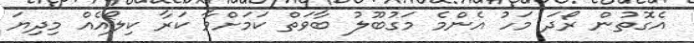
އެގޮތުން ރޯދަ މަހު އެންމެ މަގުބޫލު ބާވަތް ކަމަށްވާ ކަރާ ކިލޯއެއް މިދިޔަ